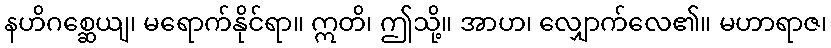
နဟိဂစ္ဆေယျ၊ မရောက်နိုင်ရာ။ ဣတိ၊ ဤသို့။ အာဟ၊ လျှောက်လေ၏။ မဟာရာဇ၊